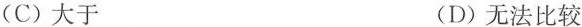
(C)大于 (D)无法比较